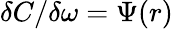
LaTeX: \delta C/\delta\omega=\Psi(r)